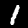
Digit: 1